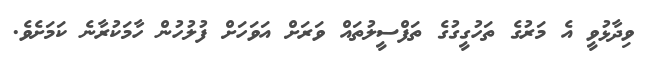
ވިދާޅުވީ އެ މަރުގެ ތަހުގީގުގެ ތަފްސީލުތައް ވަރަށް އަވަހަށް ފުލުހުން ހާމަކުރާނެ ކަމަށެވެ.